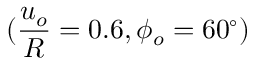
( \frac { u _ { o } } { R } = 0 . 6 , \phi _ { o } = 6 0 ^ { \circ } )